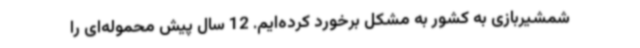
شمشیربازی به کشور به مشکل برخورد کرده‌ایم. 12 سال پیش محموله‌ای را